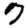
Digit: 7